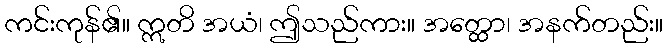
ကင်းကုန်၏။ ဣတိ အယံ၊ ဤသည်ကား။ အတ္ထော၊ အနက်တည်း။